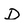
Character: D